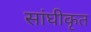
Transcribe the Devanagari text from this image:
सांघीकृत